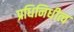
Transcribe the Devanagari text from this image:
प्रधिनिधीत्व